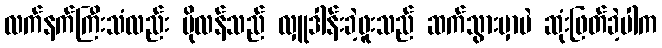
လက်နက်ကြီးသံလည်း ပိုလန်သည် လှူဒါန်းခဲ့ဖူးသည် ဆက်သွားမှာပဲ ဆုံးဖြတ်ခဲ့ပါက